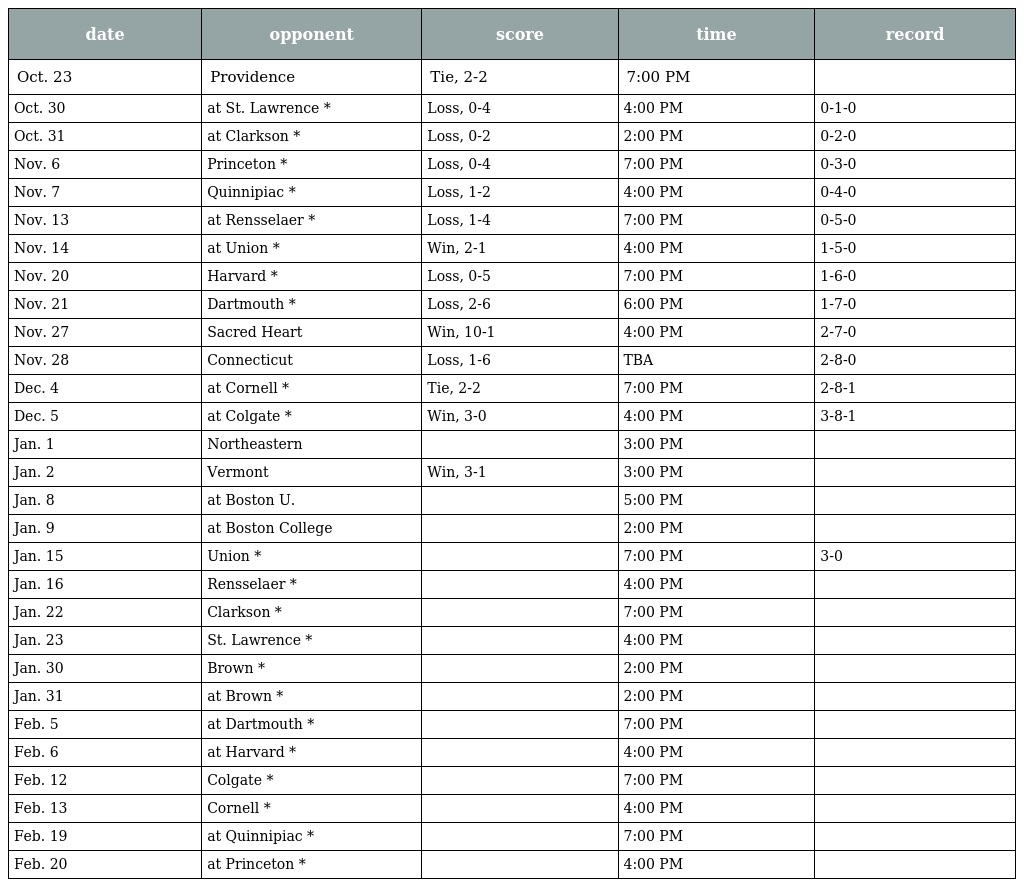
| date | opponent | score | time | record |
 | --- | --- | --- | --- | --- |
 | Oct. 23 | Providence | Tie, 2-2 | 7:00 PM |  |
 | Oct. 30 | at St. Lawrence * | Loss, 0-4 | 4:00 PM | 0-1-0 |
 | Oct. 31 | at Clarkson * | Loss, 0-2 | 2:00 PM | 0-2-0 |
 | Nov. 6 | Princeton * | Loss, 0-4 | 7:00 PM | 0-3-0 |
 | Nov. 7 | Quinnipiac * | Loss, 1-2 | 4:00 PM | 0-4-0 |
 | Nov. 13 | at Rensselaer * | Loss, 1-4 | 7:00 PM | 0-5-0 |
 | Nov. 14 | at Union * | Win, 2-1 | 4:00 PM | 1-5-0 |
 | Nov. 20 | Harvard * | Loss, 0-5 | 7:00 PM | 1-6-0 |
 | Nov. 21 | Dartmouth * | Loss, 2-6 | 6:00 PM | 1-7-0 |
 | Nov. 27 | Sacred Heart | Win, 10-1 | 4:00 PM | 2-7-0 |
 | Nov. 28 | Connecticut | Loss, 1-6 | TBA | 2-8-0 |
 | Dec. 4 | at Cornell * | Tie, 2-2 | 7:00 PM | 2-8-1 |
 | Dec. 5 | at Colgate * | Win, 3-0 | 4:00 PM | 3-8-1 |
 | Jan. 1 | Northeastern |  | 3:00 PM |  |
 | Jan. 2 | Vermont | Win, 3-1 | 3:00 PM |  |
 | Jan. 8 | at Boston U. |  | 5:00 PM |  |
 | Jan. 9 | at Boston College |  | 2:00 PM |  |
 | Jan. 15 | Union * |  | 7:00 PM | 3-0 |
 | Jan. 16 | Rensselaer * |  | 4:00 PM |  |
 | Jan. 22 | Clarkson * |  | 7:00 PM |  |
 | Jan. 23 | St. Lawrence * |  | 4:00 PM |  |
 | Jan. 30 | Brown * |  | 2:00 PM |  |
 | Jan. 31 | at Brown * |  | 2:00 PM |  |
 | Feb. 5 | at Dartmouth * |  | 7:00 PM |  |
 | Feb. 6 | at Harvard * |  | 4:00 PM |  |
 | Feb. 12 | Colgate * |  | 7:00 PM |  |
 | Feb. 13 | Cornell * |  | 4:00 PM |  |
 | Feb. 19 | at Quinnipiac * |  | 7:00 PM |  |
 | Feb. 20 | at Princeton * |  | 4:00 PM |  |